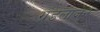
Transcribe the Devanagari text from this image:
ग्रंडलाजेन